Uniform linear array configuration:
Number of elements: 24
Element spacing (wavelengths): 0.75
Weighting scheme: blackman
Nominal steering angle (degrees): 45
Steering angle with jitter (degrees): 46.949
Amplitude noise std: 0.05
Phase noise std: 0.05

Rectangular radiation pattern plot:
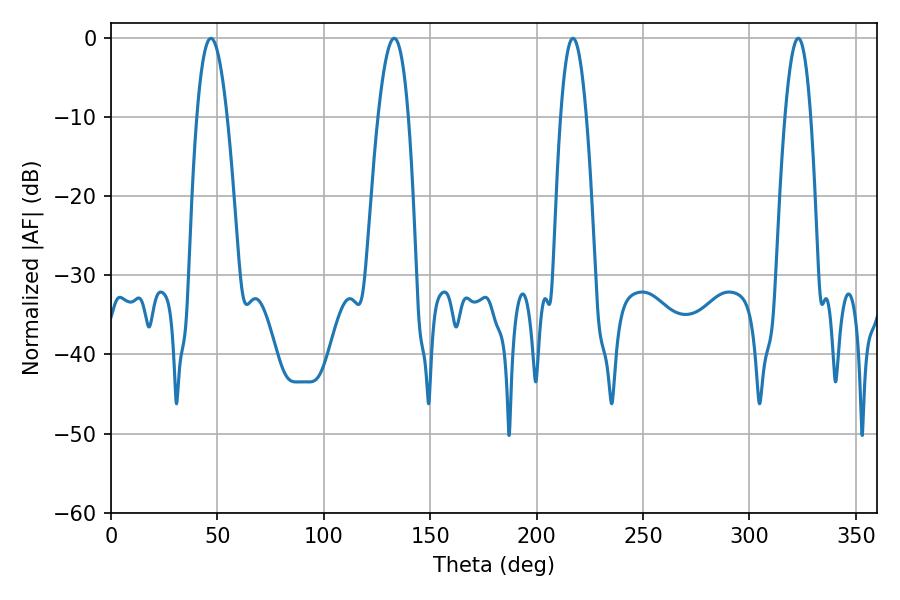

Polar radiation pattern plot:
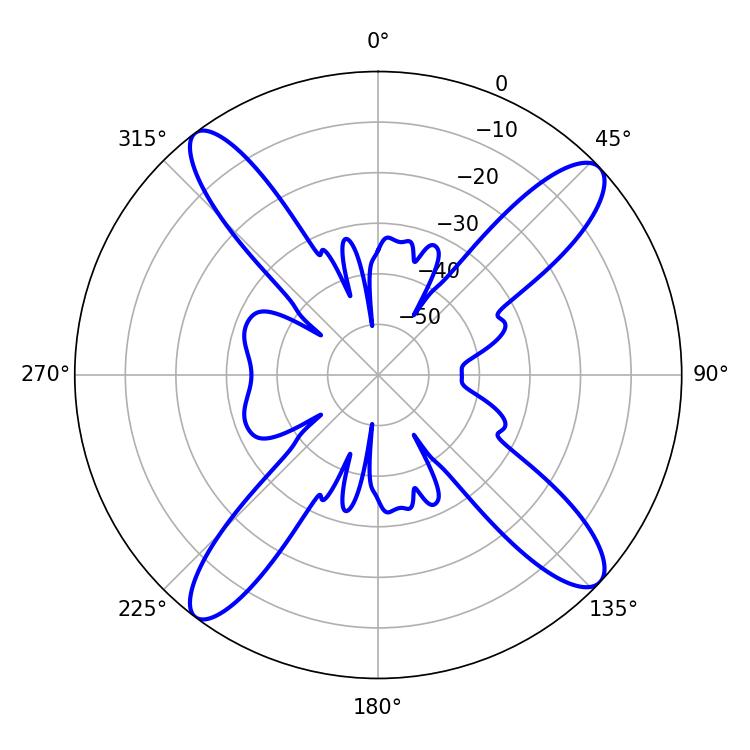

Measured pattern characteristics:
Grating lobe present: TRUE
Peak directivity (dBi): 14.938
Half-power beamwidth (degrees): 6.66
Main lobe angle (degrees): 217.08